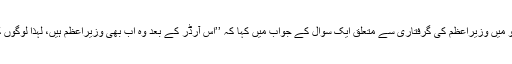
لیکن وزیر داخلہ رحمٰن ملک نے اسلام آباد میں ذرائع ابلاغ کے نمائندوں سے گفتگو میں وزیراعظم کی گرفتاری سے متعلق ایک سوال کے جواب میں کہا کہ ’’اس آرڈر کے بعد وہ اب بھی وزیراعظم ہیں، لہذا لوگوں کی اطلاع کے لیے… اگر کوئی وسوسہ ہے وہ نکال دیتا ہوں کہ وہ وزیراعظم ہیں۔